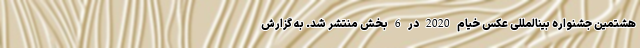
هشتمین جشنواره بینالمللی عکس خیام 2020 در 6 بخش منتشر شد. به گزارش